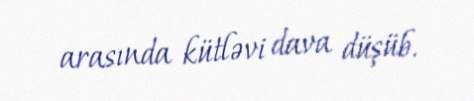
arasında kütləvi dava düşüb.